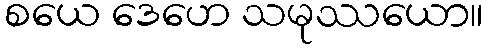
စယေ ဒေဟေ သမုဿယော။